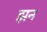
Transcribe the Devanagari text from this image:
झन